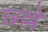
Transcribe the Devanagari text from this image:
छ्ल्ले